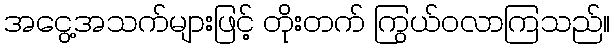
အငွေ့အသက်များဖြင့် တိုးတက် ကြွယ်ဝလာကြသည်။